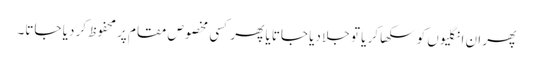
پھر ان انگلیوں کو سکھا کر یا تو جلا دیا جاتا یا پھر کسی مخصوص مقام پر محفوظ کر دیا جاتا۔